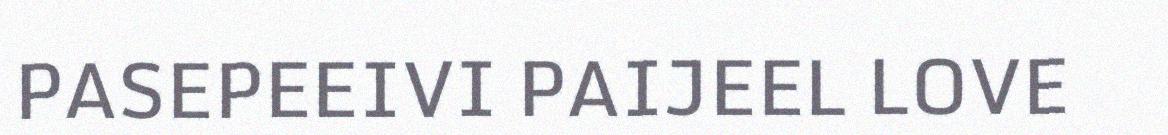
PASEPEEIVI PAIJEEL LOVE